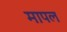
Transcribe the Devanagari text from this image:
मापल